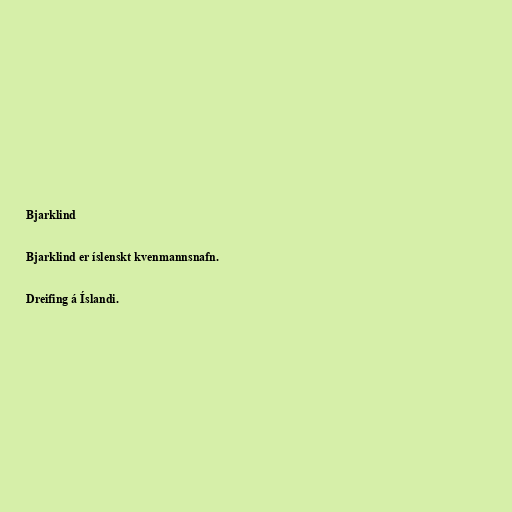
Bjarklind

Bjarklind er íslenskt kvenmannsnafn.

Dreifing á Íslandi.